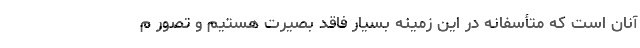
آنان است که متأسفانه در این زمینه بسیار فاقد بصیرت هستیم و تصور م